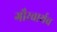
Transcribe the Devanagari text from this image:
गौरवार्थच